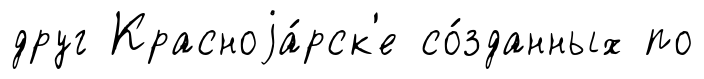
друг Красноjа́рск'е со́зданных по